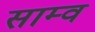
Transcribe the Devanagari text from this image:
साम्व